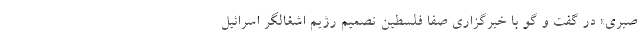
صبری» در گفت و گو با خبرگزاری صفا فلسطین تصمیم رژیم اشغالگر اسرائیل